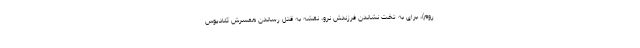
روم)، برای به تخت نشاندن فرزندش نرو، نقشه به قتل رساندن همسرش کلادیوس